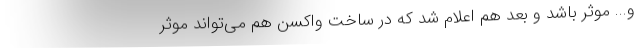
و... موثر باشد و بعد هم اعلام شد که در ساخت واکسن هم می‌تواند موثر